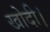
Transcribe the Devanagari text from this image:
खोदी।